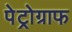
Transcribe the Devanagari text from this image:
पेट्रोग्राफ